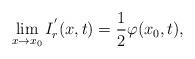
LaTeX: \begin{align*}\lim\limits_{x\to x_{0}}I_{r}^{'}(x,t)=\frac{1}{2}\varphi(x_{0},t),\end{align*}